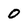
Character: 0